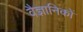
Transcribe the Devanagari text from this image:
वैज्ञानिकाें